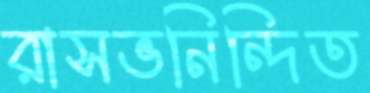
রাসভনিন্দিত